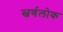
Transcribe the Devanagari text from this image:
स्वर्णलोक